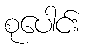
စုပေါင်း